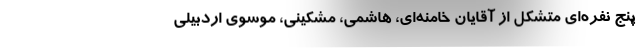
پنج نفره‌ای متشکل از آقایان خامنه‌ای، هاشمی، مشکینی، موسوی اردبیلی